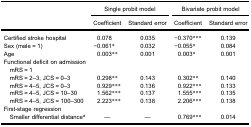
<table><thead><tr><td rowspan="3"><b> </b></td><td colspan="2"><b>Single probit model</b></td><td colspan="2"><b>Bivariate probit model</b></td></tr><tr><td><b>Coefficient</b></td><td><b>Standard error</b></td><td><b>Coefficient</b></td><td><b>Standard error</b></td></tr></thead><tbody><tr><td>Certified stroke hospital</td><td>0.078</td><td>0.035</td><td>−0.370***</td><td>0.139</td></tr><tr><td>Sex (male = 1)</td><td>−0.061*</td><td>0.032</td><td>−0.055*</td><td>0.084</td></tr><tr><td>Age</td><td>0.003**</td><td>0.001</td><td>0.003*</td><td>0.001</td></tr><tr><td>Functional deficit on admission</td><td> </td><td> </td><td> </td><td> </td></tr><tr><td> mRS = 1</td><td> </td><td> </td><td> </td><td> </td></tr><tr><td> mRS = 2–3, JCS = 0–3</td><td>0.298**</td><td>0.143</td><td>0.302**</td><td>0.140</td></tr><tr><td> mRS = 4–5, JCS = 0–3</td><td>0.929***</td><td>0.136</td><td>0.922***</td><td>0.133</td></tr><tr><td> mRS = 4–5, JCS = 10–30</td><td>1.562***</td><td>0.137</td><td>1.555***</td><td>0.135</td></tr><tr><td> mRS = 4–5, JCS = 100–300</td><td>2.223***</td><td>0.138</td><td>2.206***</td><td>0.138</td></tr><tr><td>First-stage regression</td><td> </td><td> </td><td> </td><td> </td></tr><tr><td> Smaller differential distance<sup>a</sup></td><td>—</td><td>—</td><td>0.769***</td><td>0.014</td></tr></tbody></table>